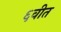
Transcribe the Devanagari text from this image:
६वीत